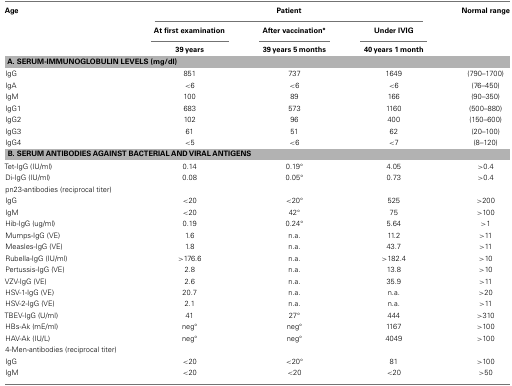
| Age | <COLSPAN=3> Patient | Normal range |
 |  | At first examination | After vaccination° | Under IVIG |  |
 |  | 39 years | 39 years 5 months | 40 years 1 month |  |
 | --- | --- | --- | --- | --- |
 | <COLSPAN=5> A. SERUM-IMMUNOGLOBULIN LEVELS (mg/dl) |
 | IgG | 851 | 737 | 1649 | (790–1700) |
 | IgA | <6 | <6 | <6 | (76–450) |
 | IgM | 100 | 89 | 166 | (90–350) |
 | IgG1 | 683 | 573 | 1160 | (500–880) |
 | IgG2 | 102 | 96 | 400 | (150–600) |
 | IgG3 | 61 | 51 | 62 | (20–100) |
 | IgG4 | <5 | <6 | <7 | (8–120) |
 | <COLSPAN=5> B. SERUM ANTIBODIES AGAINST BACTERIAL AND VIRAL ANTIGENS |
 | Tet-IgG (IU/ml) | 0.14 | 0.19° | 4.05 | >0.4 |
 | Di-IgG (IU/ml) | 0.08 | 0.05° | 0.73 | >0.4 |
 | pn23-antibodies (reciprocal titer) |
 | IgG | <20 | <20° | 525 | >200 |
 | IgM | <20 | 42° | 75 | >100 |
 | Hib-IgG (ug/ml) | 0.19 | 0.24° | 5.64 | >1 |
 | Mumps-IgG (VE) | 1.6 | n.a. | 11.2 | >11 |
 | Measles-IgG (VE) | 1.8 | n.a. | 43.7 | >11 |
 | Rubella-IgG (IU/ml) | >176.6 | n.a. | >182.4 | >10 |
 | Pertussis-IgG (VE) | 2.8 | n.a. | 13.8 | >10 |
 | VZV-IgG (VE) | 2.6 | n.a. | 35.9 | >11 |
 | HSV-1-IgG (VE) | 20.7 | n.a. | n.a. | >20 |
 | HSV-2-IgG (VE) | 2.1 | n.a. | n.a. | >11 |
 | TBEV-IgG (U/ml) | 41 | 27° | 444 | >310 |
 | HBs-Ak (mE/ml) | neg° | neg° | 1167 | >100 |
 | HAV-Ak (IU/L) | neg° | neg° | 4049 | >100 |
 | 4-Men-antibodies (reciprocal titer) |
 | IgG | <20 | <20° | 81 | >100 |
 | IgM | <20 | <20 | <20 | >50 |